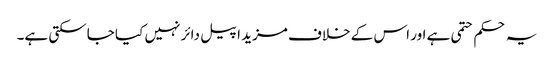
یہ حکم حتمی ہے اور اس کے خلاف مزید اپیل دائر نہیں کیا جاسکتی ہے۔